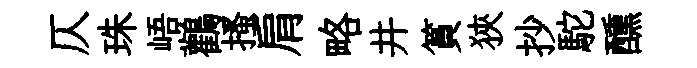
仄珠峿鸛搔肩略井篔狹抄駝醺